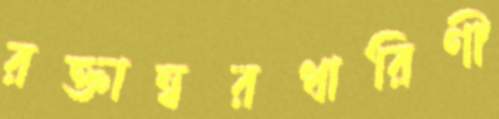
রক্তাম্বরধারিণী